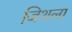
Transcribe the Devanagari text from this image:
जिथला